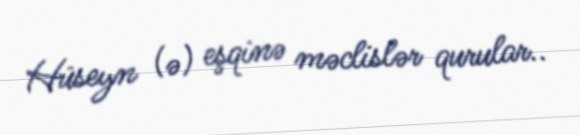
Hüseyn (ə) eşqinə məclislər qurular..